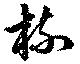
梳